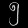
Digit: ၅